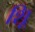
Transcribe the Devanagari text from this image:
शूि